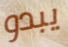
يبدو